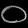
Digit: ၀